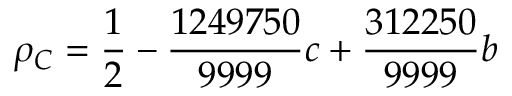
\rho _ { C } = \frac { 1 } { 2 } - \frac { 1 2 4 9 7 5 0 } { 9 9 9 9 } c + \frac { 3 1 2 2 5 0 } { 9 9 9 9 } b